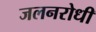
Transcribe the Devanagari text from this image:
जलनरोधी